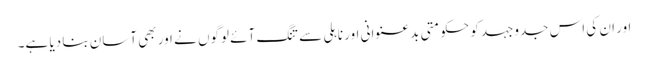
اور ان کی اس جدوجہد کو حکومتی بدعنوانی اور ناہلی سے تنگ آئے لوگوں نے اور بھی آسان بنا دیا ہے۔